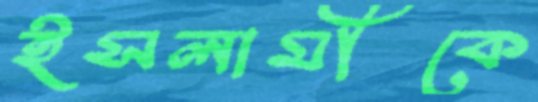
ইসলামীকে